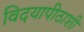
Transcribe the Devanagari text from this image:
विदयापीठाशी